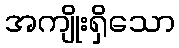
အကျိုးရှိသော